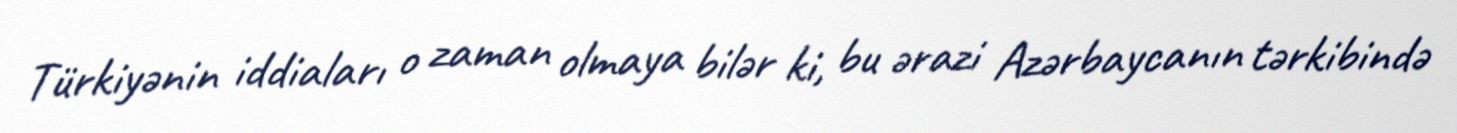
Türkiyənin iddiaları o zaman olmaya bilər ki, bu ərazi Azərbaycanın tərkibində